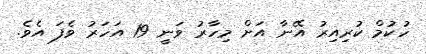
ހުކުމް ކުރިއިރު އޭނާ އަށް މިހާރު ވަނީ 19 އަހަރު ވެފަ އެވެ.